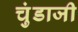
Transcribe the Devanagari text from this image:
चुंडाजी